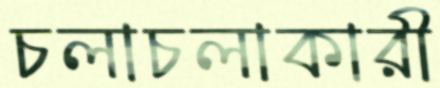
চলাচলাকারী